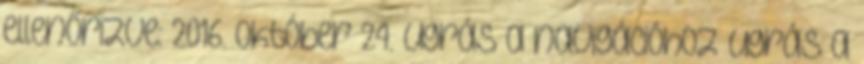
ellenőrizve: 2016. október 24. Ugrás a navigációhoz Ugrás a